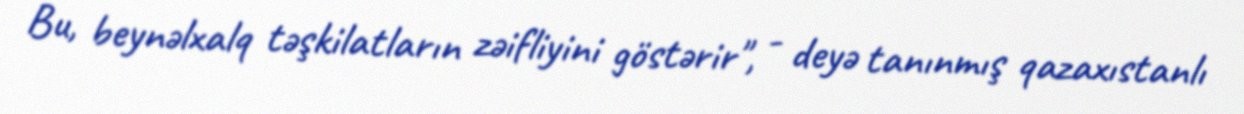
Bu, beynəlxalq təşkilatların zəifliyini göstərir", - deyə tanınmış qazaxıstanlı